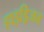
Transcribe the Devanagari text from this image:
हाइड्रिजन